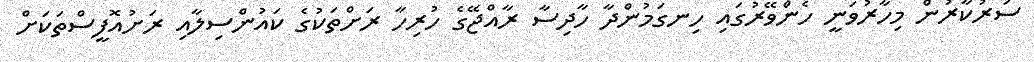
ސަރުކާރުން މިހާރުވަނީ ހެންވޭރުގައި ހިނގަމުންދާ ހާދިސާ ރާއްޖޭގެ ހުރިހާ ރަށްތަކުގެ ކައުންސިލާއި ރަށުއޮފީސްތަކަށް